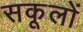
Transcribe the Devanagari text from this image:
सकूलों